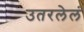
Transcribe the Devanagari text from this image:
उतरलेलं